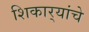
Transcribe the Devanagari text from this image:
शिकार्‍यांचे